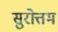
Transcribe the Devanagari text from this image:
सुरोत्तम